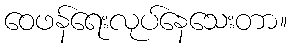
ဝေဖန်ရေးလုပ်နေသေးတာ။